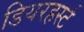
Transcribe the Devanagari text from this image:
डियरहर्स्ट